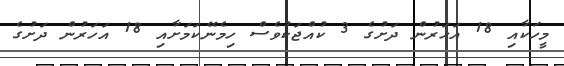
މީހަކާއި 18 އަހަރުން ދަށުގެ 3 ކުއްޖަކުވެސް ހިމެނޭކަމަށާއި 18 އަހަރުން ދަށުގެ